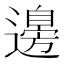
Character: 𮟗